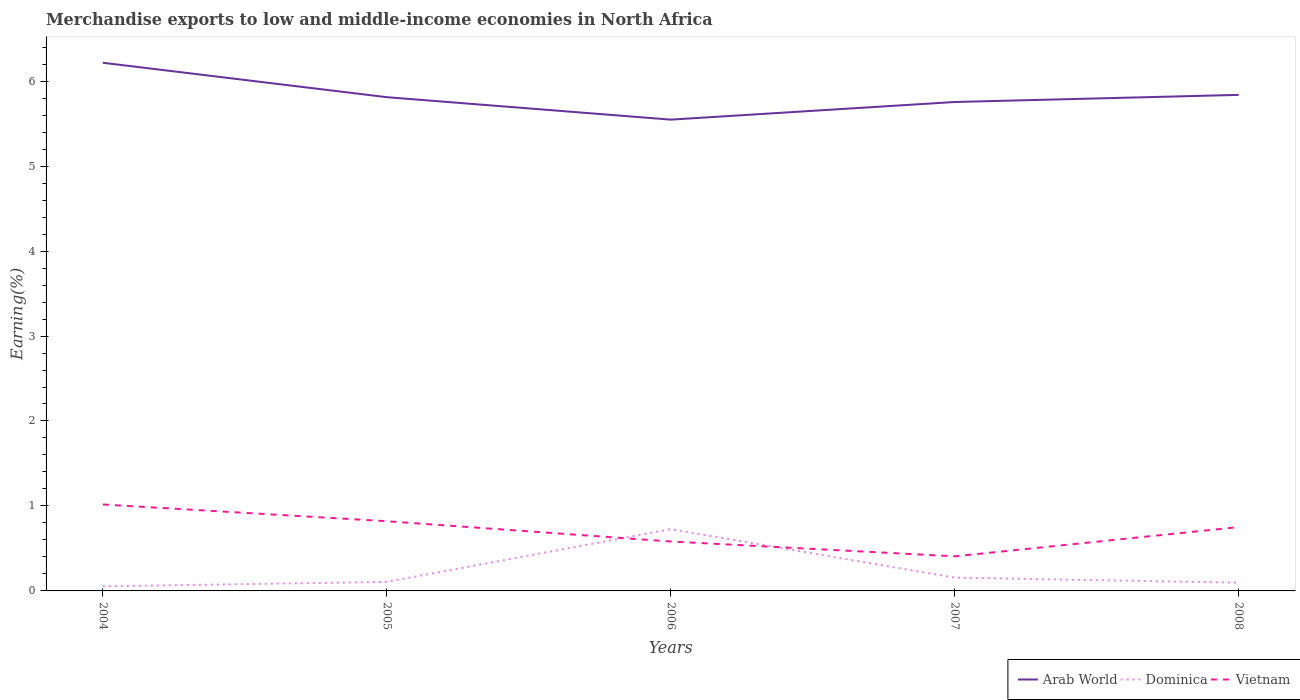
| Years | Arab World | Dominica | Vietnam |
 | --- | --- | --- | --- |
 | 2004 | 6.22 | 0.0539 | 1.02 |
 | 2005 | 5.81 | 0.106 | 0.82 |
 | 2006 | 5.55 | 0.726 | 0.582 |
 | 2007 | 5.75 | 0.156 | 0.407 |
 | 2008 | 5.84 | 0.0973 | 0.752 |